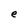
Character: e